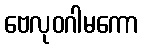
ဗေလုဝဂါမကော